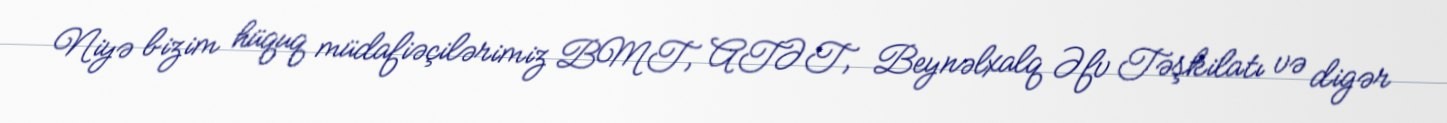
Niyə bizim hüquq müdafiəçilərimiz BMT, ATƏT, Beynəlxalq Əfv Təşkilatı və digər